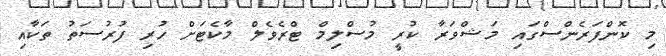
މި ކޮންފަރެންސްގައި މަޝްވަރާ ކުރީ މުސްލިމް ޓްރެވެލް މާކެޓަށް ހުރި ފުރުސަތު ތަކާއި